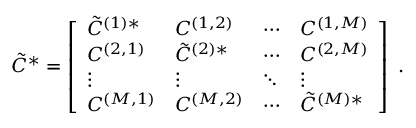
\tilde { C } ^ { * } = \left[ \begin{array} { l l l l } { \tilde { C } ^ { ( 1 ) * } } & { C ^ { ( 1 , 2 ) } } & { \cdots } & { C ^ { ( 1 , M ) } } \\ { C ^ { ( 2 , 1 ) } } & { \tilde { C } ^ { ( 2 ) * } } & { \cdots } & { C ^ { ( 2 , M ) } } \\ { \vdots } & { \vdots } & { \ddots } & { \vdots } \\ { C ^ { ( M , 1 ) } } & { C ^ { ( M , 2 ) } } & { \cdots } & { \tilde { C } ^ { ( M ) * } } \end{array} \right] ~ .